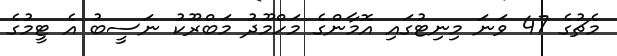
މެޗުގެ 47 ވަނަ މިނިޓުގައި އޮމާންގެ މަހްމޫދު މަބްރޫކު ނަސީބު އެ ޓީމުގެ